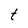
Character: t